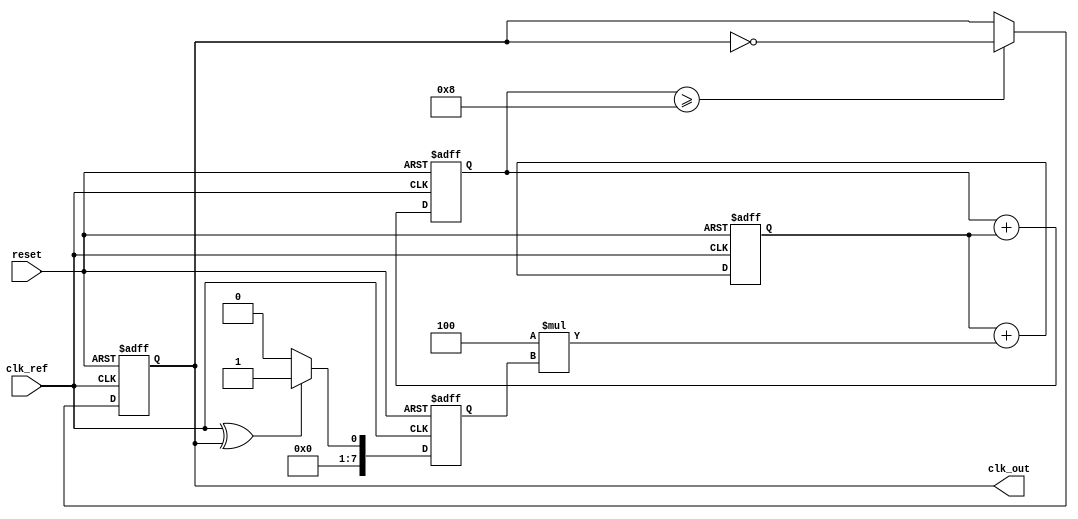
module PLL (
    input wire clk_ref,          // Reference clock input
    input wire reset,           // Reset signal
    output reg clk_out          // Output clock signal
);

// Parameters
parameter N = 8;               // VCO frequency multiplier
parameter PHASE_WIDTH = 8;     // Width for phase information
parameter FILTER_COEFF = 4;    // Loop filter coefficient

// Internal signals
reg [PHASE_WIDTH-1:0] phase_error; // Phase error signal
reg [PHASE_WIDTH-1:0] phase_memory; // Memory block for phase information
reg [PHASE_WIDTH-1:0] control_signal; // Control signal for VCO
reg [PHASE_WIDTH-1:0] vco_output; // Output of the VCO
reg [3:0] state; // State for control logic

// Phase Detector
always @(posedge clk_ref or posedge reset) begin
    if (reset) begin
        phase_error <= 0;
    end else begin
        // Simple phase detector logic (XOR for demonstration)
        phase_error <= (clk_ref ^ clk_out) ? 1 : 0;
    end
end

// Loop Filter
always @(posedge clk_ref or posedge reset) begin
    if (reset) begin
        control_signal <= 0;
    end else begin
        // Simple first-order filter
        control_signal <= control_signal + (FILTER_COEFF * phase_error);
    end
end

// Voltage-Controlled Oscillator (VCO)
always @(posedge clk_ref or posedge reset) begin
    if (reset) begin
        vco_output <= 0;
        clk_out <= 0;
    end else begin
        // VCO output frequency controlled by the control signal
        vco_output <= vco_output + control_signal;
        clk_out <= (vco_output >= N) ? ~clk_out : clk_out; // Toggle output based on control signal
    end
end

// Memory Block for Phase Information
always @(posedge clk_ref or posedge reset) begin
    if (reset) begin
        phase_memory <= 0;
    end else begin
        // Store phase error for compensation
        phase_memory <= phase_error;
    end
end

// Control Logic
always @(posedge clk_ref or posedge reset) begin
    if (reset) begin
        state <= 0;
    end else begin
        // Simple state machine for PLL control
        case (state)
            0: if (phase_error == 0) state <= 1; // Lock condition
            1: if (phase_error != 0) state <= 0; // Unlock condition
            default: state <= 0;
        endcase
    end
end

endmodule